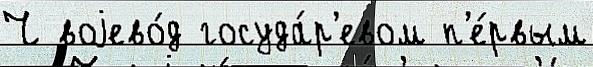
Ч воjево́д госуда́р'евом п'е́рвым